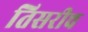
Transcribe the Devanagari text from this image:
तिसरीच